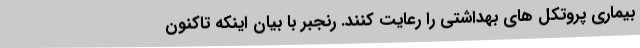
بیماری پروتکل های بهداشتی را رعایت کنند. رنجبر با بیان اینکه تاکنون